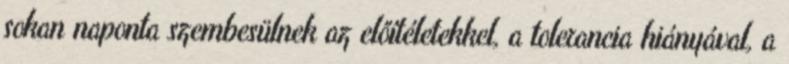
sokan naponta szembesülnek az előítéletekkel, a tolerancia hiányával, a